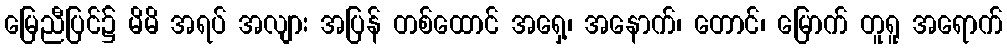
မြေညီပြင်၌ မိမိ အရပ် အလျား အပြန် တစ်ထောင် အရှေ့၊ အနောက်၊ တောင်၊ မြောက် တူရူ အရောက်